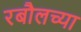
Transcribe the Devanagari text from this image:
रबौलच्या